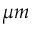
\mu m